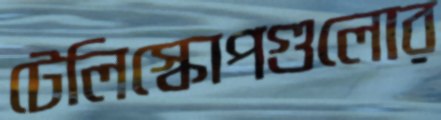
টেলিস্কোপগুলোর